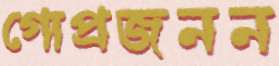
গোপ্রজনন